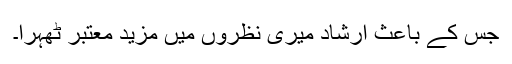
جس کے باعث ارشاد میری نظروں میں مزید معتبر ٹھہرا۔